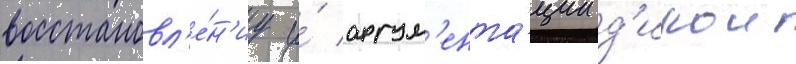
восстановл'е́н'иу и́ аргум'ента́ции д'икои